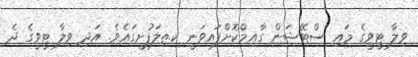
ވިލާ ޓީވީގެ މައި ސްޓޭޝަން ގާއިމްކޮށްފައިވަނީ ކ.ތިލަފުށީގައެވެ. އަދި ވިލާ ޓީވީގެ ދެ